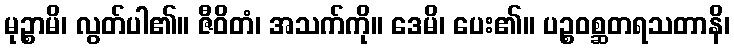
မုဉ္စာမိ၊ လွတ်ပါ၏။ ဇီဝိတံ၊ အသက်ကို။ ဒေမိ၊ ပေး၏။ ပဉ္စဝစ္ဆတရသတာနိ၊